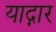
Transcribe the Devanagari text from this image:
याद्गार